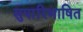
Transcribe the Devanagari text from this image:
सुपारिभाषित